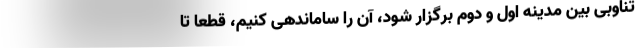
تناوبی بین مدینه اول و دوم برگزار شود، آن را ساماندهی کنیم، قطعا تا